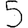
Digit: 5